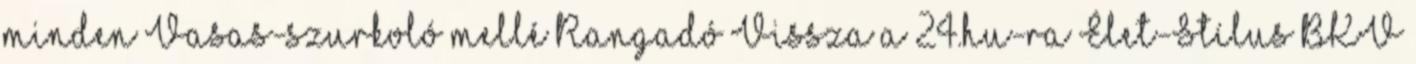
minden Vasas-szurkoló mellé Rangadó Vissza a 24.hu-ra Élet-Stílus BKV